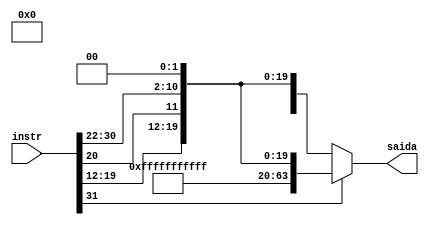
module ImediatoJ #(parameter BITSENTRADA = 32, BITSIMM = 19, BITSSAIDA = 64)
(instr, saida);

input [BITSENTRADA-1:0] instr;
wire [BITSIMM-1:0] imm;
output [BITSSAIDA-1:0] saida;
wire bitsinal;

assign bitsinal = imm[BITSIMM - 1];

assign imm = {instr[31], instr[19:12], instr[20], instr[30:25], instr[24:22]};
assign saida = imm[BITSIMM - 1] ? {~(43'b0), imm, 2'b0} : 
                                  {43'b0, imm, 2'b0};

    
endmodule